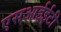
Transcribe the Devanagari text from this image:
एसआईईटी